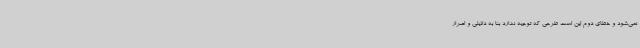
نمی‌شود و خطای دوم این است طرحی که توجیه ندارد بنا به دلایلی و اصرار